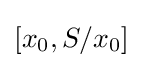
[x_{0},S/x_{0}]